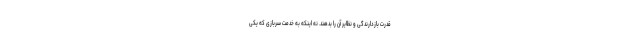
قدرت بازدارندگی و نظایر آن را بدهند. نه اینکه به خدمت سربازی که یکی